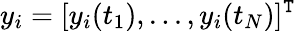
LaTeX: y_{i}=[y_{i}(t_{1}),...,y_{i}(t_{N})]^{\mathtt{T}}